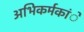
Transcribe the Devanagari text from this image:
अभिकर्मकांे